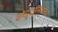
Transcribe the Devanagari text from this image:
मोहालीमधल्या